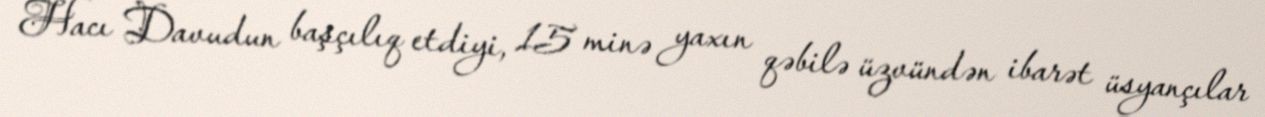
Hacı Davudun başçılıq etdiyi, 15 minə yaxın qəbilə üzvündən ibarət üsyançılar